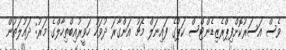
ވެސް އަސަރުކޮށްފިޕްރެޒިޑެންޓްސް ކަޕްގެ ފައިނަލް މެޗު އަންގާރަ ދުވަހު ހަވީރުއިބްތިހާލްގެ މަރު: ދައުލަތުން